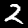
Digit: 2